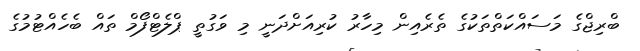
ބްރިޖްގެ މަސައްކަތްތަކުގެ ތެރެއިން މިހާރު ކުރިއަށްދަނީ މި ވަގުތީ ޕްލެޓްފޯމް ތައް ބެހެއްޓުމުގެ